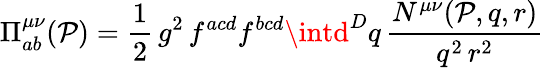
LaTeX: \Pi_{ab}^{\mu\nu}(\mathcal{P})=\frac{{1}}{{2}}\, g^{2}\, f^{acd}f^{bcd}\intd^{D}q\, \frac{{N^{\mu\nu}(\mathcal{P},q,r)}}{{q^{2}\, r^{2}}}